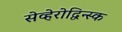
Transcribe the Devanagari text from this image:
सेव्हेरोद्विन्स्क